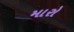
મારો